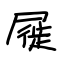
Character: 屣